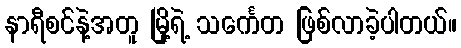
နာရီစင်နဲ့အတူ မြို့ရဲ့ သင်္ကေတ ဖြစ်လာခဲ့ပါတယ်။